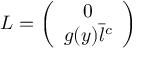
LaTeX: L = \left( \begin{array} { c } { { 0 } } \\ { { g ( y ) \bar { l } ^ { c } } } \end{array} \right)